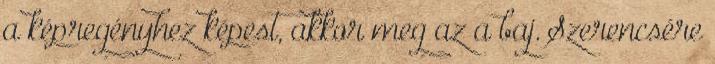
a képregényhez képest, akkor meg az a baj. Szerencsére